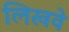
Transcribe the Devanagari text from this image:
लिखवे